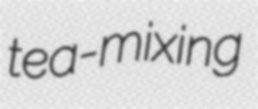
tea-mixing